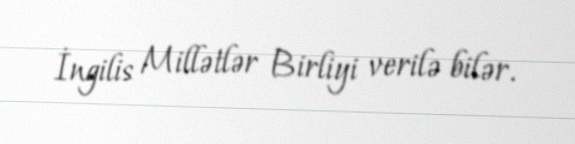
İngilis Millətlər Birliyi verilə bilər.